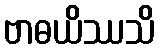
ဗာဓယိဿသိ